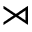
\rtimes